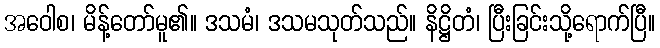
အဝေါစ၊ မိန့်တော်မူ၏။ ဒသမံ၊ ဒသမသုတ်သည်။ နိဋ္ဌိတံ၊ ပြီးခြင်းသို့ရောက်ပြီ။